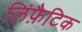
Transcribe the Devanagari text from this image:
लिंफ़ैटिक